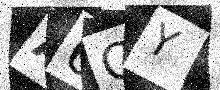
Text: A6QY